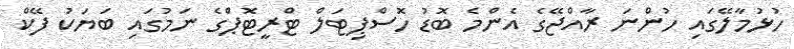
ހުޅުމާލޭގައި ހުންނަ ރާއްޖޭގެ އެންމެ ބޮޑު ހޮސްޕިޓަލް ޓްރީޓޮޕްގެ ނަމުގައި ބަޔަކު ފޭކް